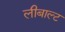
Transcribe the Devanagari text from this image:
लीबाल्ट